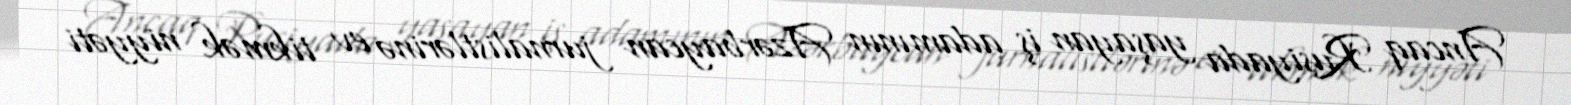
Ancaq Rusiyada yaşayan iş adamının Azərbaycan jurnalistlərinə ev tikmək niyyəti